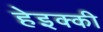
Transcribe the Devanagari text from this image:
हेइक्की